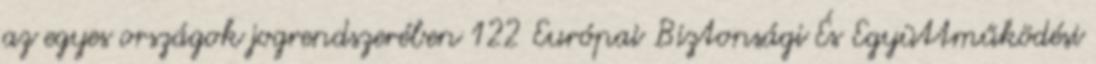
az egyes országok jogrendszerében 122 Európai Biztonsági És Együttműködési